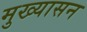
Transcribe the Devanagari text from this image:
मुख्यासन